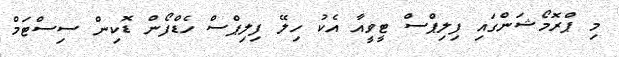
މި ޕްރޮމޯޝަންގައި ފިލިޕްސް ޓީވީއާ އެކު ހިލޭ ފިލިޕްސް ހެޑްފޯން ޑޮކިން ސިސްޓަމް